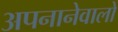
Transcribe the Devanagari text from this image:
अपनानेवालों